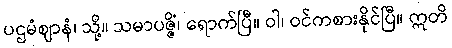
ပဌမံဈာနံ၊ သို့။ သမာပဇ္ဇိံ၊ ရောက်ပြီ။ ဝါ၊ ဝင်ကစားနိုင်ပြီ။ ဣတိ